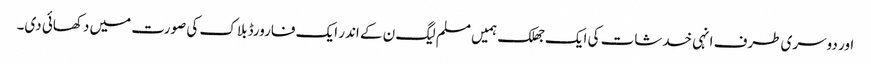
اور دوسری طرف انہی خدشات کی ایک جھلک ہمیں مسلم لیگ ن کے اندر ایک فارورڈ بلاک کی صورت میں دکھائی دی۔